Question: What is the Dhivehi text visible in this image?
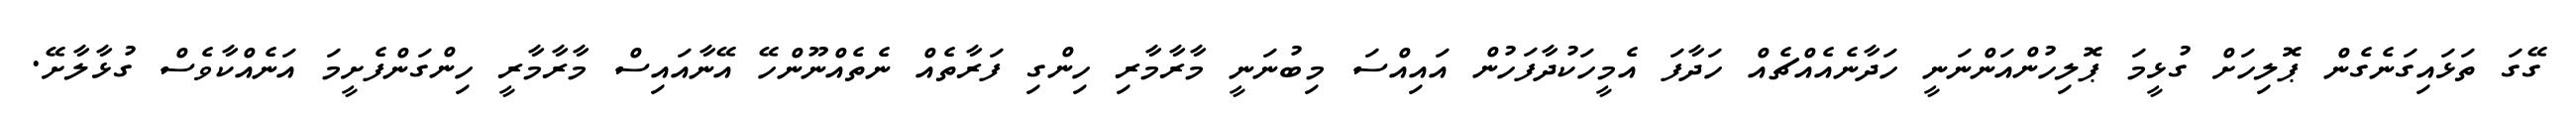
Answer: ގޭގަ ތަޅައިގަނެގެން ޕޮލިހަށް ގުޅީމަ ޕޮލިހުންއަންނަނީ ހަދާނެއެއްޗެއް ހަދާފަ އެމީހަކުދާފަހުން އައިއްސަ މިބުނަނީ މާރާމާރި ހިންގި ފަރާތެއް ނެތެއްނޫންހޭ އޭނާއައިސް މާރާމާރީ ހިންގަންފެށީމަ އަނެއްކާވެސް ގުޅާލާށޭ.